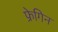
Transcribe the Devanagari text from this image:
फ्रेगिन